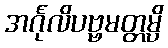
အင်္ဂုလိပဗ္ဗမတ္တမ္ပိ